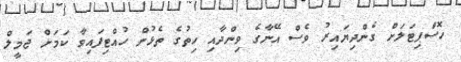
ހޮސްޕިޓަލަށް ގެންދިޔައިރު ވެސް އޭނާގެ ވިންދާއި ހިތުގެ ތެޅުން ހުއްޓިފައިވާ ކަމަށް ޖަމީލް